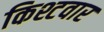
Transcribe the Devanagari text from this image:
किश्टवार